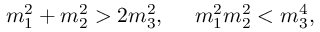
m _ { 1 } ^ { 2 } + m _ { 2 } ^ { 2 } > 2 m _ { 3 } ^ { 2 } , \ \ \ \ m _ { 1 } ^ { 2 } m _ { 2 } ^ { 2 } < m _ { 3 } ^ { 4 } ,